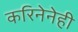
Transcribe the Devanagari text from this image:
करिनेनेही